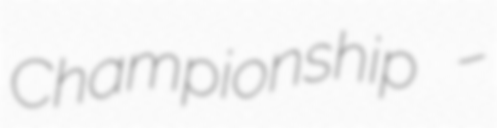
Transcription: Championship –